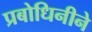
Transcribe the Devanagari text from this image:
प्रबोधिनीने